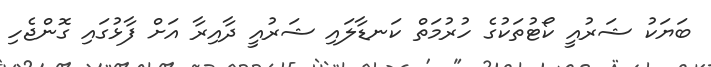
ބަޔަކު ޝަރުއީ ކޯޓުތަކުގެ ހުރުމަތް ކަނޑާލައި ޝަރުއީ ދާއިރާ އަށް ފާޅުގައި ގޮންޖެހި